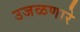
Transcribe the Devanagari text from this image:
उजळणारे